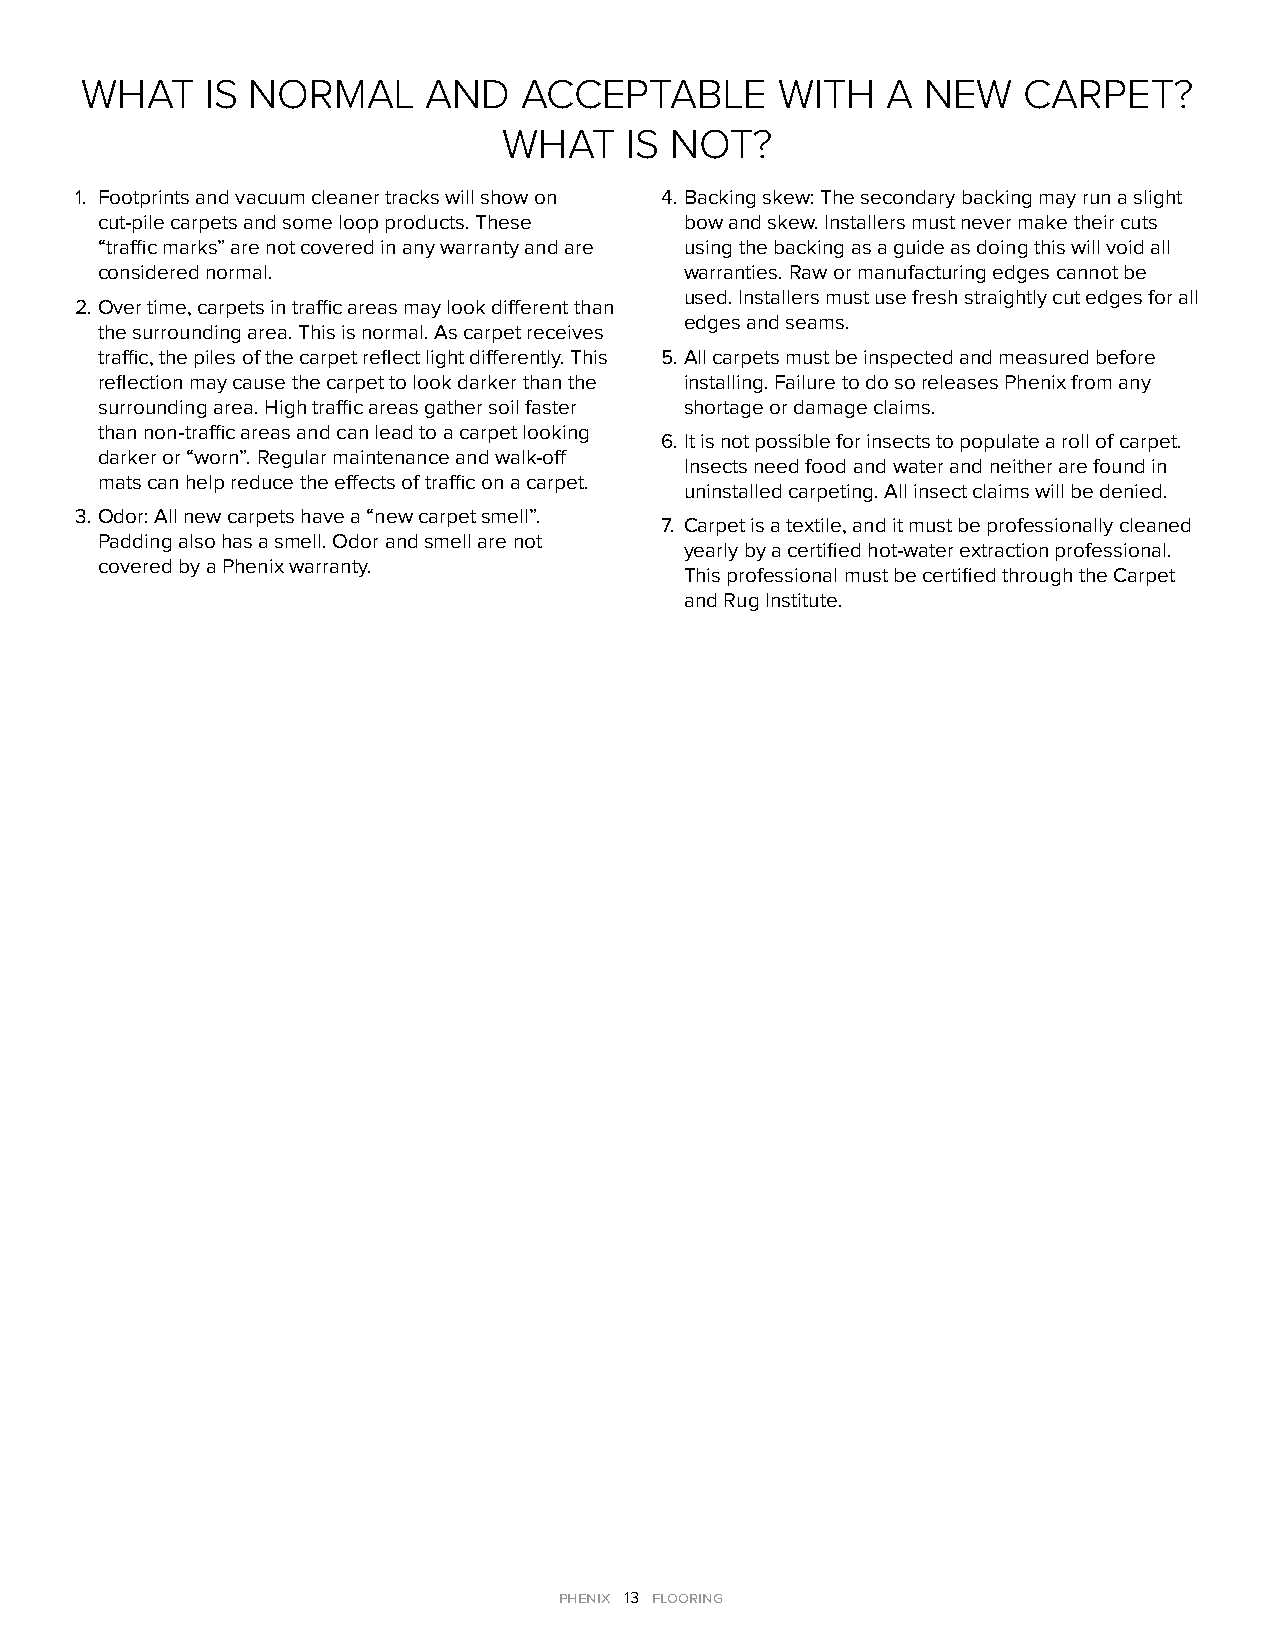
WHAT     IS NORMAL     AND    ACCEPTABLE      WITH    A NEW    CARPET?
 WHAT    IS NOT?
 1. Footprints and vacuum cleaner tracks will show on 4. Backing skew: The secondary backing may run a slight
 cut-pile carpets and some loop products. These bow and skew. Installers must never make their cuts
 “traffic marks” are not covered in any warranty and are using the backing as a guide as doing this will void all
 considered normal.                     warranties. Raw or manufacturing edges cannot be
 used. Installers must use fresh straightly cut edges for all
 2. Over time, carpets in traffic areas may look different than
 edges and seams.
 the surrounding area. This is normal. As carpet receives
 traffic, the piles of the carpet reflect light differently. This 5. All carpets must be inspected and measured before
 reflection may cause the carpet to look darker than the installing. Failure to do so releases Phenix from any
 surrounding area. High traffic areas gather soil faster shortage or damage claims.
 than non-traffic areas and can lead to a carpet looking
 6. It is not possible for insects to populate a roll of carpet.
 darker or “worn”. Regular maintenance and walk-off
 Insects need food and water and neither are found in
 mats can help reduce the effects of traffic on a carpet.
 uninstalled carpeting. All insect claims will be denied.
 3. Odor: All new carpets have a “new carpet smell”.
 7. Carpet is a textile, and it must be professionally cleaned
 Padding also has a smell. Odor and smell are not
 yearly by a certified hot-water extraction professional.
 covered by a Phenix warranty.
 This professional must be certified through the Carpet
 and Rug Institute.
 phenix 13 flooring